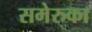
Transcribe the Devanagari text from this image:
समेरुका